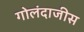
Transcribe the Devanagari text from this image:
गोलंदाजीस